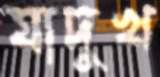
যাদুখ